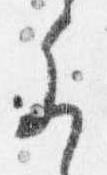
参